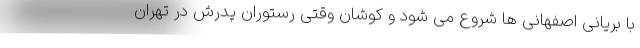
با بریانی اصفهانی ها شروع می شود و کوشان وقتی رستوران پدرش در تهران